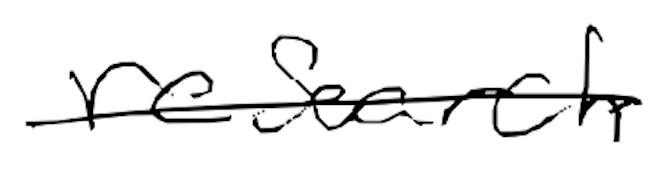
Text: research
Cross-out: mix
Writing tool: digital_black